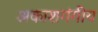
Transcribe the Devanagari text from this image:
अकाशगंगीय